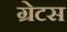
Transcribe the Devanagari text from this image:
ग्रेटस